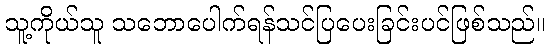
သူ့ကိုယ်သူ သဘောပေါက်ရန်သင်ပြပေးခြင်းပင်ဖြစ်သည်။